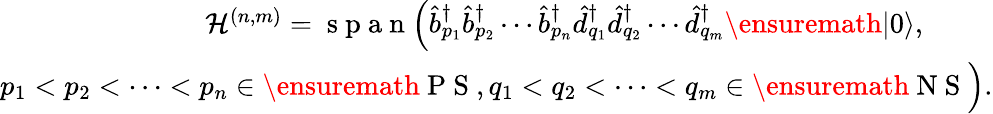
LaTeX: \begin{array}{r}{{\cal H}^{(n,m)}=\mathrm{~s~p~a~n~}\Bigl(\hat{b}_{p_{1}}^{\dagger}\hat{b}_{p_{2}}^{\dagger}\cdots\hat{b}_{p_{n}}^{\dagger}\hat{d}_{q_{1}}^{\dagger}\hat{d}_{q_{2}}^{\dagger}\cdots\hat{d}_{q_{m}}^{\dagger}\ensuremath{\vert 0\rangle},\phantom{xxxx}}\\ {p_{1}<p_{2}<\cdots<p_{n}\in\ensuremath{\mathrm{~P~S~}},q_{1}<q_{2}<\cdots<q_{m}\in\ensuremath{\mathrm{~N~S~}}\Bigl).}\end{array}